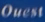
Quest